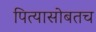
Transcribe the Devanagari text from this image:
पित्यासोबतच